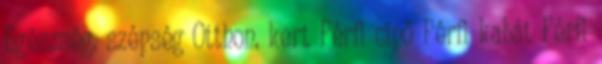
Egészség, szépség Otthon, kert Férfi cipő Férfi kabát Férfi